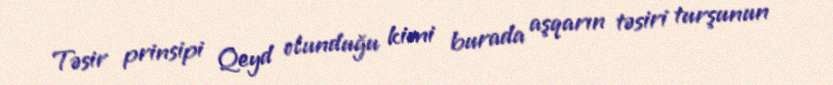
Təsir prinsipi Qeyd olunduğu kimi burada aşqarın təsiri turşunun